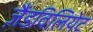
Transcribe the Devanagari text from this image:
ज़ैंडविलियेट